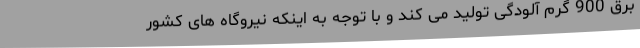
برق 900 گرم آلودگی تولید می کند و با توجه به اینکه نیروگاه های کشور